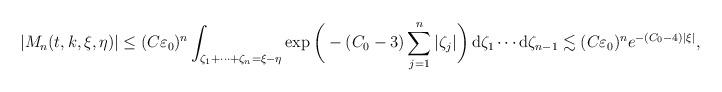
LaTeX: \begin{align*}|M_n(t,k,\xi,\eta)|\leq (C\varepsilon_0)^n\int_{\zeta_1+\cdots+\zeta_n=\xi-\eta}\exp\bigg(-(C_0-3)\sum_{j=1}^n|\zeta_j|\bigg)\,\mathrm{d}\zeta_1\cdots\mathrm{d}\zeta_{n-1}\lesssim (C\varepsilon_0)^ne^{-(C_0-4)|\xi|},\end{align*}